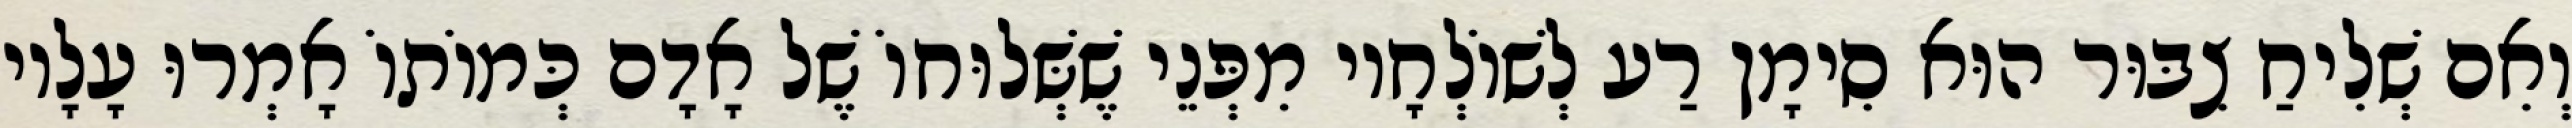
וְאִם שְׁלִיחַ צִבּוּר הוּא סִימָן רַע לְשׁוֹלְחָיו מִפְּנֵי שֶׁשְּׁלוּחוֹ שֶׁל אָדָם כְּמוֹתוֹ אָמְרוּ עָלָיו